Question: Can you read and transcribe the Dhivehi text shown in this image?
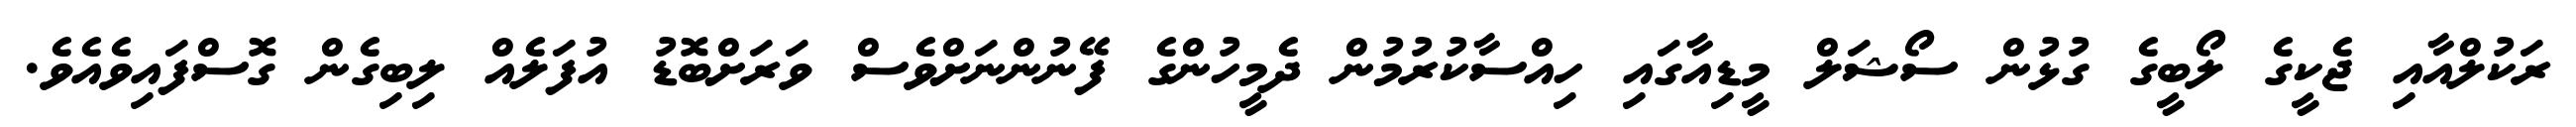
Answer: ރަކުލްއާއި ޖެކީގެ ލޯބީގެ ގުޅުން ސޯޝަލް މީޑިއާގައި ހިއްސާކުރުމުން ދެމީހުންގެ ފޭނުންނަށްވެސް ވަރަށްބޮޑު އުފަލެއް ލިބިގެން ގޮސްފައިވެއެވެ.